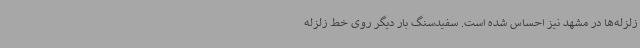
زلزله‌ها در مشهد نیز احساس شده است. سفیدسنگ بار دیگر روی خط زلزله